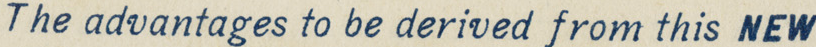
The advantages to be derived from this New